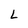
Character: L